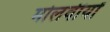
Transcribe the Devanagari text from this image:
मोलवीयों